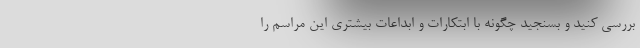
بررسی کنید و بسنجید چگونه با ابتکارات و ابداعات بیشتری این مراسم را